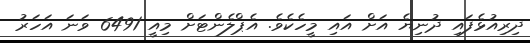
ދިރިއުޅެފައި ދުނިޔެ އަށް އައި މީހެކެވެ. އެޕްލެންޓަށް މިއީ 6491 ވަނަ އަހަރު